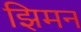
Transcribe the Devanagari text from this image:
झिमन